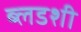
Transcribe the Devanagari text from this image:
ब्लडशी